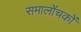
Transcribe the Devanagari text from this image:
समालोंचकों